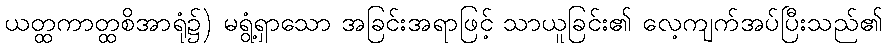
ယတ္ထကာတ္ထစိအာရုံ၌) မရွံ့ရှာသော အခြင်းအရာဖြင့် သာယူခြင်း၏ လေ့ကျက်အပ်ပြီးသည်၏